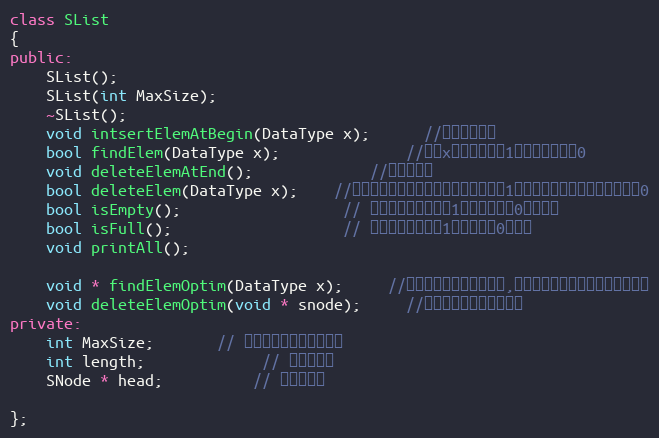
Language: C++
class SList
{
public:
    SList();
    SList(int MaxSize);
    ~SList();
    void intsertElemAtBegin(DataType x);      //头部插入节点
    bool findElem(DataType x);              //查找x，存在则返回1，不存在则返回0
    void deleteElemAtEnd();             //删除尾节点
    bool deleteElem(DataType x);    //删除指定节点，如果存在则删除，返回1，如果不存在，则删除失败返回0
    bool isEmpty();                  // 查看链表是否为空，1表示不为空，0表示为空
    bool isFull();                   // 查看链表是否满，1表示不满，0表示满
    void printAll();

    void * findElemOptim(DataType x);     //针对此应用的优化，查找,返回指定元素的前一个节点的指针
    void deleteElemOptim(void * snode);     //针对此应用的优化，删除
private:
    int MaxSize;       // 链表可以存放最大的数据
    int length;             // 链表的长度
    SNode * head;          // 指向头节点

};